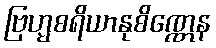
ဗြဟ္မစရိယာနုစိဏ္ဏေန